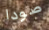
صودا